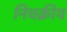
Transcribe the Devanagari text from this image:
निचक्रीय